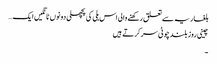
بلغاریہ سے تعلق رکھنے والی اس بلی کی پچھلی دونوں ٹانگیں ایک…
چینی روز بلند چوٹی سر کرتے ہیں
۔